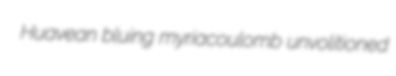
Huavean bluing myriacoulomb unvolitioned